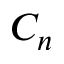
C _ { n }